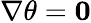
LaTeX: \mathbf{\nabla}\theta={\mathbf{0}}